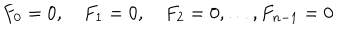
LaTeX: F _ { 0 } = 0 , \quad F _ { 1 } = 0 , \quad F _ { 2 } = 0 , \dots , F _ { n - 1 } = 0